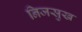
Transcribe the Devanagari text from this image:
निजसुख